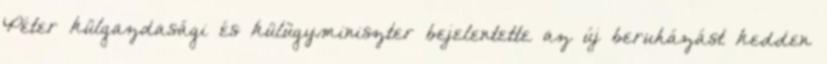
Péter külgazdasági és külügyminiszter bejelentette az új beruházást kedden